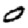
Digit: 0